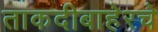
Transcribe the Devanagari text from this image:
ताकदीबाहेरचे